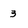
Character: 3